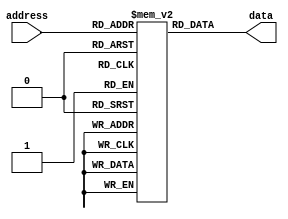
module Fuse_ROM(
    input wire [7:0] address,
    output reg [7:0] data
);

reg [7:0] memory [0:255];

initial begin
    // Initialize data values in the fuse matrix
    memory[0] = 8'b00000000;
    memory[1] = 8'b00000001;
    // Add more initialization values as needed
end

always @(address) begin
    // Read data from the fuse matrix based on the input address
    data <= memory[address];
end

endmodule